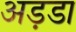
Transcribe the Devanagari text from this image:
अड़डा